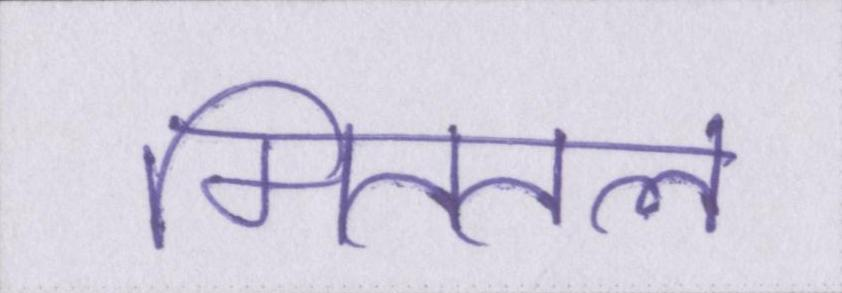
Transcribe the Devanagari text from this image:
मिततल